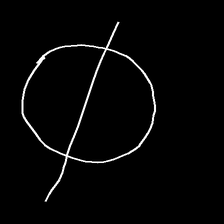
Glyph: orb